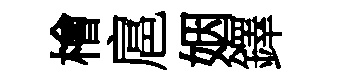
檜扈姻鐸